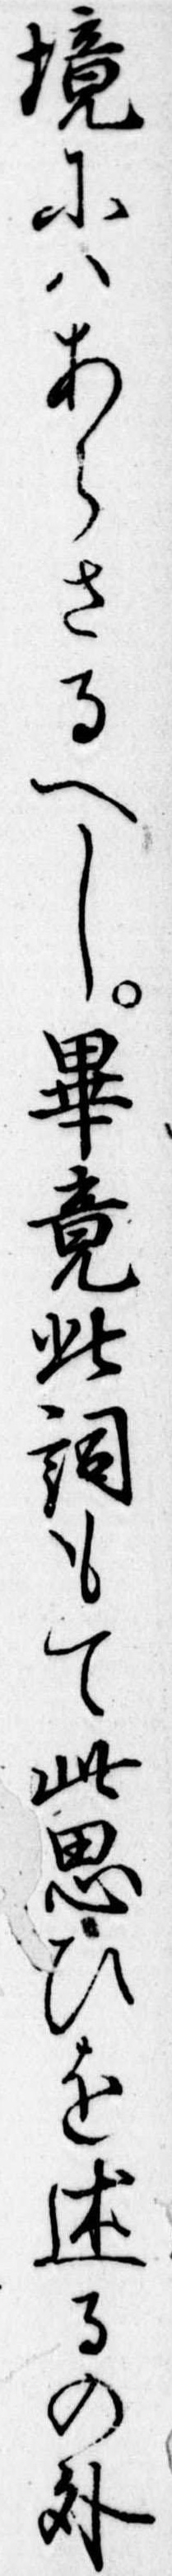
境にはあらさるへし畢竟此詞もて此思ひを述るの外